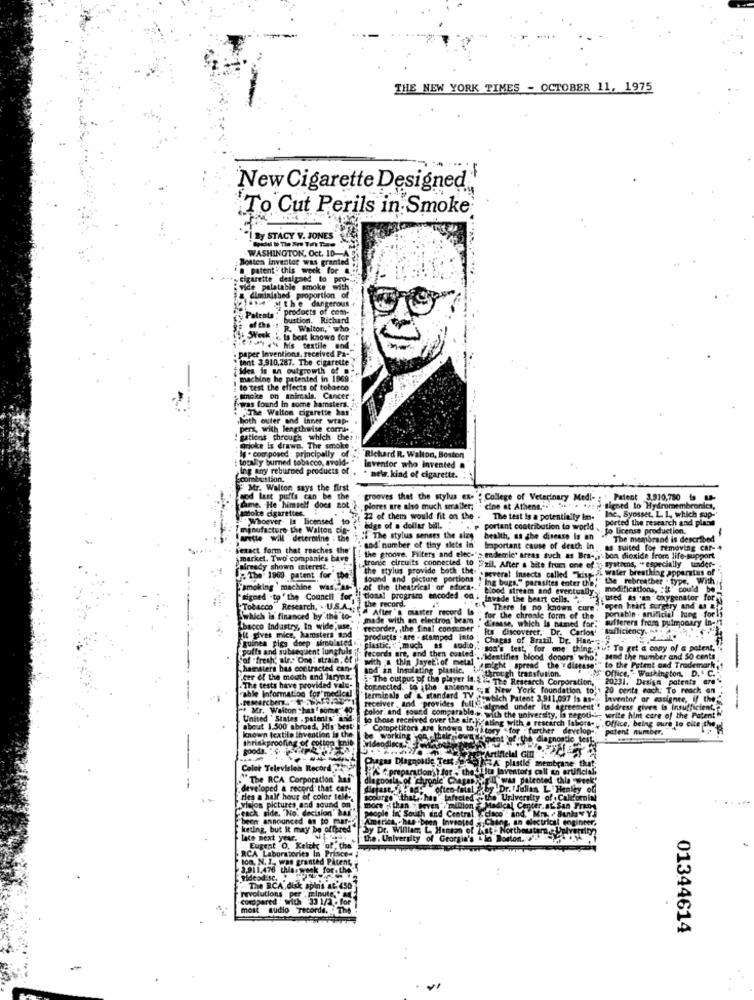
THE NEW YORK TIMES - OCTOBER 11, 1975
New Cigarette Designed'
'To Cut Perils in Smoke
I By STACY V. JONES
-------
WASHINGTON, Oct. 10-A
Boston Inventor was granted
patent . this week for
"+. cigarette designed to pro-
vide palatable smoke with
Msthe dangerous
diminished proportion of
Patents : products of com-
bustion. Richard
ge ofes ! R. Walton," who"
Thi Week .i. is best known for
. paper inventions, received Pa-
5.0Pt " he textile sod
tent 3,910,287. The cigarette
fides is un outgrowth of
machine he patented in 1969
to test the effects of tobacco
ywas found in some hamsters.
Smoke on anircals. Cancer
The Walton cigarette has"
,both outer and inner wrap-
pers, with lengthwise comle
gations through which the
gnoke is drawn. The smoke
if - composed principally of .; Richard R. Walton, Boston
totally burned tobacco, avoid- "
ing any reburned products of
Inventor who invented a
combustion.
neww. kind of cigarette.
Mr. Walton says the first
cod last puffs can be the
grooves that the stylus ex- " College of Veterinary Medi- ; . Patent 3.910,780 Is -
dime. He himself does not . plores are also much smaller;"
moke cigarettes
cine at Atheng .... " . . ., , signed lo Hydromembronics,
Inc. Syosset. L. I ., which sap-
Whoever Is Licensed to
22 of them would fit on the .
The test is a potentially im-
ported the research and plans
manufacture the Walton cie-
edge of a dollar bill. " " ., , portant contribution to world
to license production.
arette will determine : the hii The stylus senses the slzy
health, as the disease is an
The mombrand is described
Vexact form that reaches the'
' and' number of tiny slets in' Important cause of death in
as suited for removing Car- 4
market. Two companies bave
the groove. Filters and elece"; endemic' areas such as Bra -, y' bon dioxide from life-support
Miready shown interest.
tronie circuits connected to "zil, After a bite from one of ; systiens, "especially under-
"the stylus provide both the.
Weoveral Insects called "kissidi water breathing apparatus of
F.The- 1960 patent for the
the rebreather - type, With
"smoking ' machine was, as- , of the theatrical of efuca ..
sound and picture portions " Ing bugs," parasites enter OG,
modifications, "it' could be _
signed -to' the Council for,
.il tional programa encoded.on :
Good stream and eventually
Invade the beart cells. .. i used as an oxygenator for
the record.
"if There is no knowa cure,""open heart surgery and a &e
portable . artificial tung forly
Tobacco Research, . U.S.As; [ a After'& master record is " for the chronale form of the.
which la financed by the to-
made with an electron' bear "diesese, which is named for:" sufferers from pulmonary In-
bacco Industry, In wide ;use,
recorder, , the final cong.mer "
Its discoverer, Dr. Carlos'
Bafficiency. . . A
it gives mice, hamsters and
guinea pigs deep simulated ...
products - are - stamped into
Chagas of Brazil. Dr. Han ---
potts and subsequent lungfuls i
plastic. much es audio .. god's test, " for one thing. bu: To get a cony of a patent, "
Sof "fresh' alr." One: strain, et il-
records are, and then coated ...
with thin Jayeti of metal
" .. 'identifies blood donors" who! . send the number and 50 cents
hamsters has coritracted can-
nicht ,spread the '{ disease"" to the Patent and Trademark,1
y Office." Washington, D. C.
cer of the mouth and larynx"
The tests have provided vald-
sod in Insulating plastic. ithrough transfusion.
- The output of the player is. & ia The Research Corporation,
20231. Design patents are"
top.nected. to the. anieona
New York foundation to'1 20 cents each: To reach en
"able Information for'medler !!
"terminals of & standard TV
receiver , and -provides full
Pointich Patent 3,911,097 is as -..
Inventor or assignee, if the
of Mr. Walton thas' some" 40-
Sichaligned under its agreement't address given is Insufficient,
United States . patents' an
color and sound comparable.w. with the university, In negoti- write him core of the Patent"
to those received over the airchi ating with a research labora .;
known textile ihvention in the
about 1.500 abroad, His best
Competitors are known toit i tory "for further develop -.
.Office, being muie to cite the
patent number.
Ihriskproofing of cotton Init.
be working yen,Miele
videodinca ..
gooda.
Color Television Record
preparation') for ; the i its laventors call an artificial
The RCA Corporation" has
diagnosla of chronle" Chagas
IWAS patented
thia -week'
developed a record' that car-
ed a record' that ca
y.Dr. "alina
half hour of color tel
more y Elan
urge that.han tafe
University
pictures and sound
de. "No. decision"
Mical
by Dr. William L. Hon
the, University of Ges
t O. 1
videod SC.
revolutions per minute," an
The BCA,disk spins at- 450
compared ' with 33 1/2 . for
most audio "Tecorde. . The
01344614